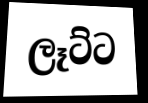
ලෑට්ට